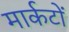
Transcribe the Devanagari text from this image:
मार्कटों